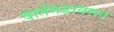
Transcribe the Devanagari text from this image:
दातेगडावरून